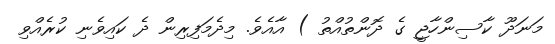
މަނަދޫ ކާސިންހާޖީ ގެ ދޮންތުއްތު ) އާއެވެ. މިދެމަފިރިން ދެ ކައިވެނި ކުރެއްވި